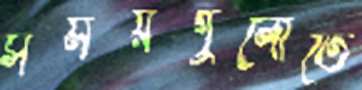
সময়গুলোতে